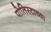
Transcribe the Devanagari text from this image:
पोलिस्टाच्या